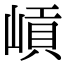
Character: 𡺭